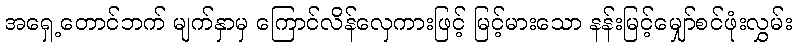
အရှေ့တောင်ဘက် မျက်နှာမှ ကြောင်လိန်လှေကားဖြင့် မြင့်မားသော နန်းမြင့်မျှော်စင်ဖုံးလွှမ်း